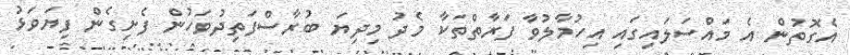
އެގޮތުން އެ މައްސަލައިގައި އިހުމާލުވާ ފަރާތްތަކާ މެދު މިދިޔަ ބުރާސްފަތިދުވަހުން ފެށިގެން ފިޔަވަޅު